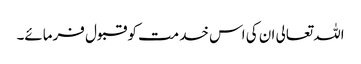
اللہ تعالی ان کی اس خدمت کو قبول فرمائے۔